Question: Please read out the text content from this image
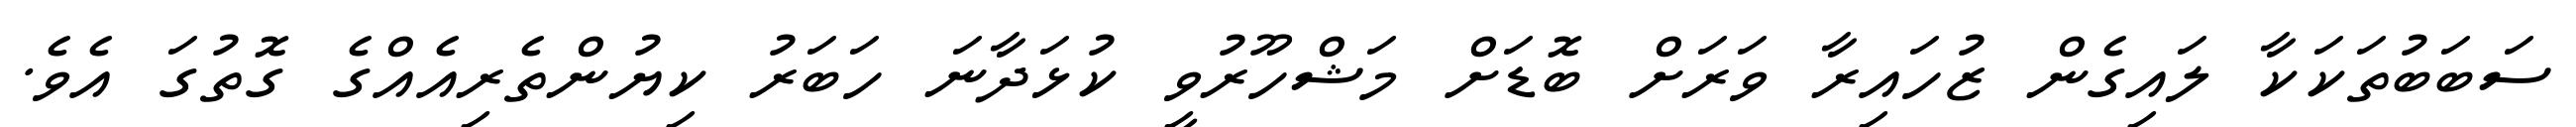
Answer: ސަބަބުތަކަކާ ލައިގެން ޒުހައިރާ ވަރަށް ބޮޑަށް މަޝްހޫރުވީ ކުޅަދާނަ ހަބަރު ކިޔުންތެރިއެއްގެ ގޮތުގަ އެވެ.